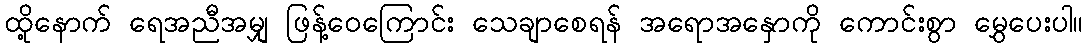
ထို့နောက် ရေအညီအမျှ ဖြန့်ဝေကြောင်း သေချာစေရန် အရောအနှောကို ကောင်းစွာ မွှေပေးပါ။